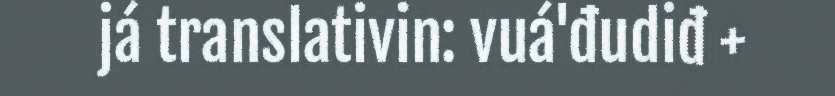
já translativin: vuá'đudiđ +